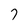
Character: 7